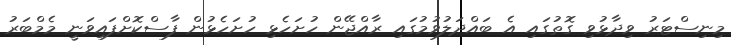
މިނިސްޓަރު ވިދާޅުވި ގޮތުގައި އެ ބައްދަލުވުމުގައި ރާއްޖޭން ހުށަހެޅި ހުށަހެޅުން ފާސްކޮށްފައިވަނީ މެމްބަރު